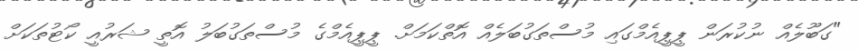
"ގަބޫލެއް ނުކުރަން ޕީޕީއެމްގައި މުސްތަގުބަލެއް އޮތްކަމަށް. ޕީޕީއެމްގެ މުސްތަގުބަލު އޮތީ ޝަރުއީ ކޯޓުތަކަށް